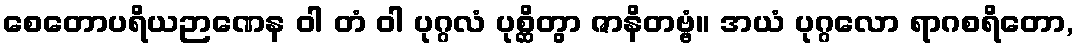
စေတောပရိယဉာဏေန ဝါ တံ ဝါ ပုဂ္ဂလံ ပုစ္ဆိတွာ ဇာနိတဗ္ဗံ။ အယံ ပုဂ္ဂလော ရာဂစရိတော,